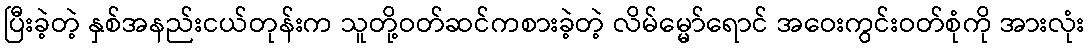
ပြီးခဲ့တဲ့ နှစ်အနည်းငယ်တုန်းက သူတို့ဝတ်ဆင်ကစားခဲ့တဲ့ လိမ်မ္မော်ရောင် အဝေးကွင်းဝတ်စုံကို အားလုံး